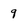
Character: 9